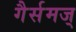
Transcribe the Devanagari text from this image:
गैर्समज्